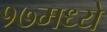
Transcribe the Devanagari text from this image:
१७मध्ये